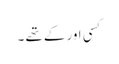
کسی اور کے تھے ۔